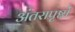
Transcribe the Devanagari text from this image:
अंतरापृष्ठों